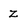
Character: z